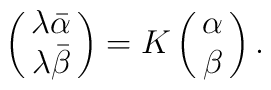
\pmatrix{\lambda\bar{\alpha}\cr\lambda\bar{\beta}}=K\pmatrix{\alpha\cr\beta}.